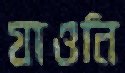
যাওনি